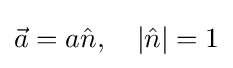
{\vec {a}}=a{\hat {n}},\quad |{\hat {n}}|=1